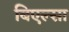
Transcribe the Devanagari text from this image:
बिएल्सा